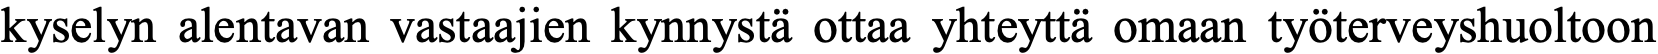
kyselyn alentavan vastaajien kynnystä ottaa yhteyttä omaan työterveyshuoltoon